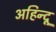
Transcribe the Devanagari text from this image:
अहिन्दू